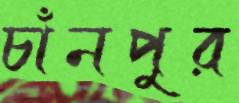
চাঁনপুর